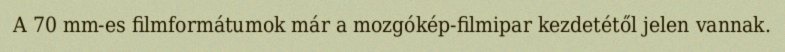
A 70 mm-es filmformátumok már a mozgókép-filmipar kezdetétől jelen vannak.